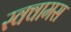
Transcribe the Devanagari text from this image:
स्क्वामस